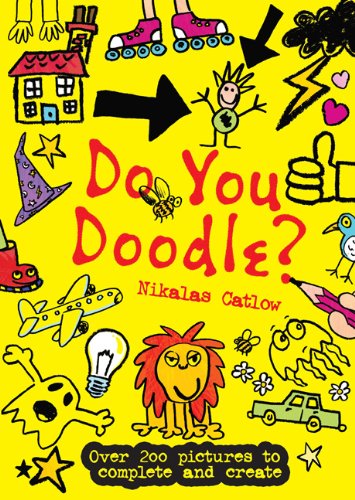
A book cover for Do You Doodle?; Nikalas Catlow; Children's Books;